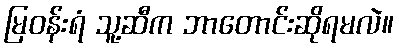
မြဝန်းရံ သူ့ဆီက ဘာတောင်းဆိုရမလဲ။